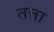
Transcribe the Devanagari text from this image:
तत्ता